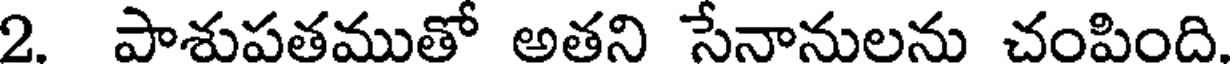
2. పాశుపతముతో అతని సేనానులను చంపింది.